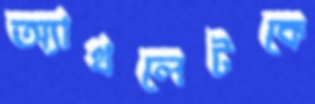
অ্যাথলেটকে